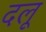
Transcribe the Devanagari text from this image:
दलू